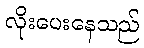
လိုးပေးနေသည်